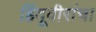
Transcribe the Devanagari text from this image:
हिंदूवीरांचा